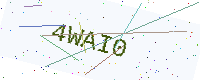
Text: 4WAI0